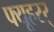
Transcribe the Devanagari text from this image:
फ्यूहरर्